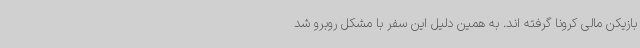
بازیکن مالی کرونا گرفته اند. به همین دلیل این سفر با مشکل روبرو شد